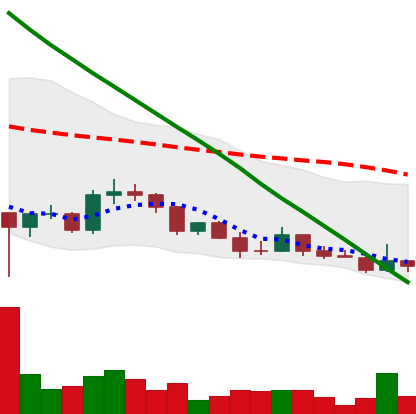
Ticker: DOGE-USD
Chart end date: 2022-03-15
Forward return: 5.648%
Label: up_5_7